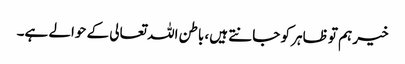
خیر ہم تو ظاہر کو جانتے ہیں، باطن اللہ تعالی کے حوالے ہے۔